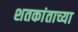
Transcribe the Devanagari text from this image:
शतकांताच्या